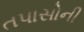
તપાસોની